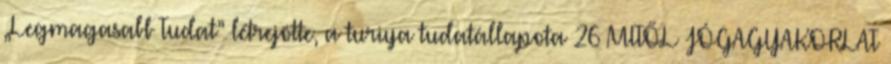
„Legmagasabb Tudat” létrejötte, a turiya tudatállapota 26 MITŐL JÓGAGYAKORLAT